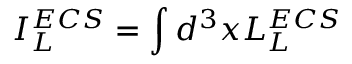
I _ { L } ^ { E C S } = \int d ^ { 3 } x { \cal L } _ { L } ^ { E C S }